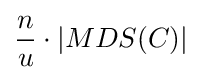
{\frac {n}{u}}\cdot |MDS(C)|